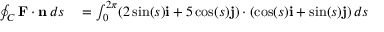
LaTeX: \begin{array} { r l } { \oint _ { C } \mathbf { F } \cdot \mathbf { n } \, d s } & { { } = \int _ { 0 } ^ { 2 \pi } ( 2 \sin ( s ) \mathbf { i } + 5 \cos ( s ) \mathbf { j } ) \cdot ( \cos ( s ) \mathbf { i } + \sin ( s ) \mathbf { j } ) \, d s } \end{array}